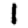
Digit: 1